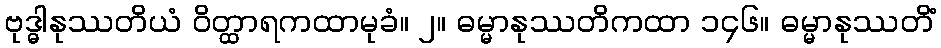
ဗုဒ္ဓါနုဿတိယံ ဝိတ္ထာရကထာမုခံ။ ၂။ ဓမ္မာနုဿတိကထာ ၁၄၆။ ဓမ္မာနုဿတိံ